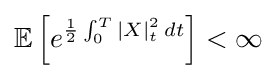
\mathbb {E} \left[e^{{\frac {1}{2}}\int _{0}^{T}|X|_{t}^{2}\,dt}\right]<\infty